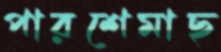
পারশেমাছ